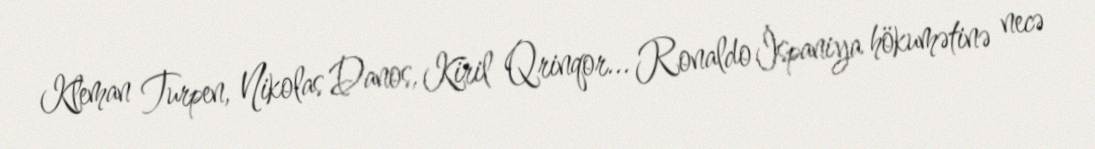
Kleman Turpen, Nikolas Danos, Kiril Qrinqor... Ronaldo İspaniya hökumətinə necə